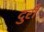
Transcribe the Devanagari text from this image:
दुरीं